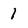
Character: 1